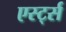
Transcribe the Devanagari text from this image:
एर्स्ट्स